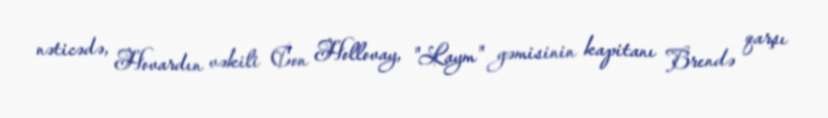
nəticədə, Hovardın vəkili Con Hollovay, "Laym" gəmisinin kapitanı Brendə qarşı